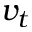
v _ { t }